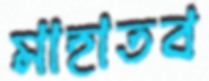
মাহাতব